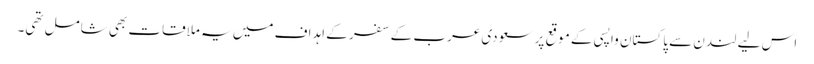
اس لیے لندن سے پاکستان واپسی کے موقع پر سعودی عرب کے سفر کے اہداف میں یہ ملاقات بھی شامل تھی۔